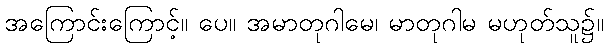
အကြောင်းကြောင့်။ ပေ။ အမာတုဂါမေ၊ မာတုဂါမ မဟုတ်သူ၌။